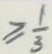
\geq \frac { 1 } { 3 }